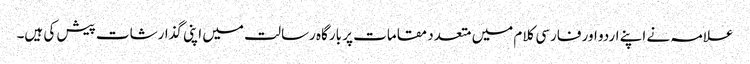
علامہ نے اپنے اردو اور فارسی کلام میں متعدد مقامات پر بارگاہ رسالت میں اپنی گذارشات پیش کی ہیں۔